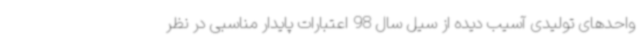
واحدهای تولیدی آسیب دیده از سیل سال 98 اعتبارات پایدار مناسبی در نظر